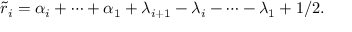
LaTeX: \tilde { r } _ { i } = \alpha _ { i } + \cdots + \alpha _ { 1 } + \lambda _ { i + 1 } - \lambda _ { i } - \cdots - \lambda _ { 1 } + 1 / 2 .